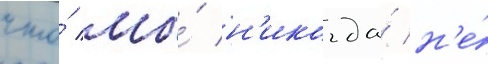
что́ мы́ н'икогда́ н'е́